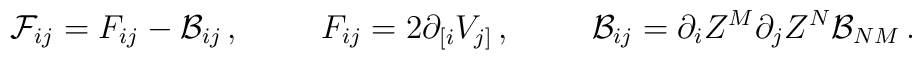
{\cal F}_{ij}= F_{ij}-{\cal B}_{ij}\, ,\hspace{1cm}F_{ij}=2\partial_{[i} V_{j]}\, , \hspace{1cm}{\cal B}_{ij}= \partial_{i} Z^{M}\partial_{j} Z^{N}{\cal B}_{NM}\, .